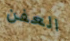
العفن